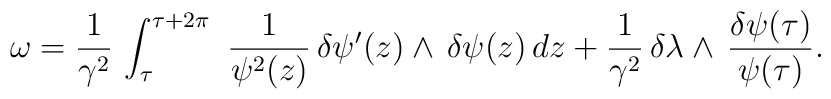
\omega = \frac{1}{\gamma^2}\,\int_\tau^{\tau +2\pi}\,\, \frac{1}{\psi^2(z)}\,\delta\psi'(z)\wedge\,\delta\psi(z)\,dz +\frac{1}{\gamma^2}\,\delta\lambda \wedge\, \frac{\delta\psi(\tau)}{\psi(\tau)}.